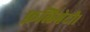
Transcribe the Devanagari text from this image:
फ़लिगेटी।